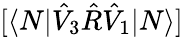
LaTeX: [\langle N|\hat{V}_{3}\hat{R}\hat{V}_{1}|N\rangle]